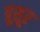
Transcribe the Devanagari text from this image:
त्रूशूर